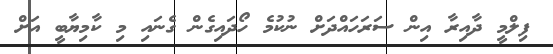
ފިލްމީ ދާއިރާ އިން ސަރަހައްދަށް ނުކުމެ ހޯދައިގެން ގެނައި މި ކާމިޔާބީ އަށް